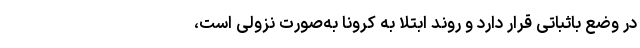
در وضع باثباتی قرار دارد و روند ابتلا به کرونا به‌صورت نزولی است،